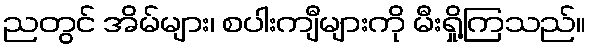
ညတွင် အိမ်များ၊ စပါးကျီများကို မီးရှို့ကြသည်။